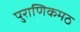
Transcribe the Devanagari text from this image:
पुराणिकमठ